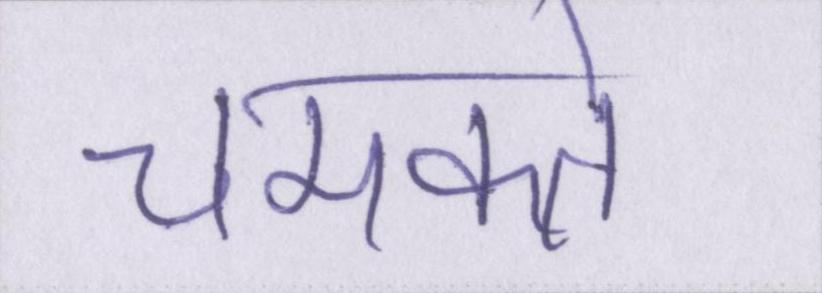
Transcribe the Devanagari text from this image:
चमकते